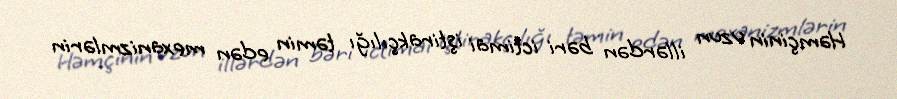
Həmçinin uzun illərdən bəri ictimai iştirakçılığı təmin edən mexanizmlərin